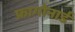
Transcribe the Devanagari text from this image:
फ्रागोनार्ड